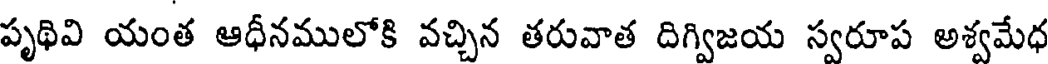
పృథివి యంత ఆధీనములోకి వచ్చిన తరువాత దిగ్విజయ స్వరూప అశ్వమేధ